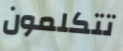
تتكلمون